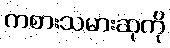
ကစားသမားဆုကို